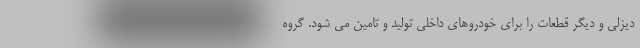
دیزلی و دیگر قطعات را برای خودروهای داخلی تولید و تامین می شود. گروه